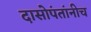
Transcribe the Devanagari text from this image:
दासोपंतांनीच